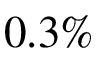
0 . 3 \%